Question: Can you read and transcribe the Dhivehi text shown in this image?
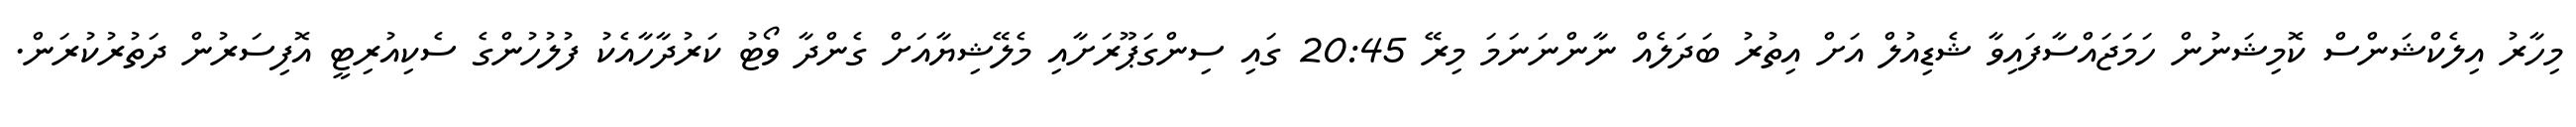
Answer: މިހާރު އިލެކްޝަންސް ކޮމިޝަނުން ހަމަޖައްސާފައިވާ ޝެޑިއުލް އަށް އިތުރު ބަދަލެއް ނާންނަނަމަ މިރޭ 20:45 ގައި ސިންގަޕޫރަށާއި މެލޭޝިޔާއަށް ގެންދާ ވޯޓު ކަރުދާހާއެކު ފުލުހުންގެ ސެކިއުރިޓީ އޮފިސަރުން ދަތުރުކުރަން.